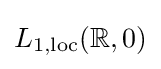
{\textstyle L_{1,{\text{loc}}}(\mathbb {R} ,0)}